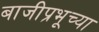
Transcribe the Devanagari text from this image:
बाजीप्रभूच्या